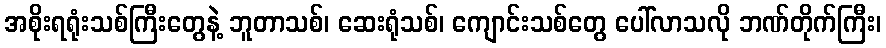
အစိုးရရုံးသစ်ကြီးတွေနဲ့ ဘူတာသစ်၊ ဆေးရုံသစ်၊ ကျောင်းသစ်တွေ ပေါ်လာသလို ဘဏ်တိုက်ကြီး၊